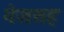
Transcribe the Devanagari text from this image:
गेजसह